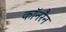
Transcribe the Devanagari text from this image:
कॉनरैन